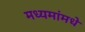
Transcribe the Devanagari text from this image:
मध्यमांमधे